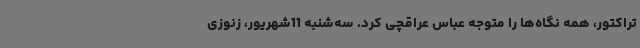
تراکتور، همه نگاه‌ها را متوجه عباس عراقچی کرد. سه‌شنبه 11شهریور، زنوزی